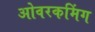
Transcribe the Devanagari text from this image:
ओवरकमिंग